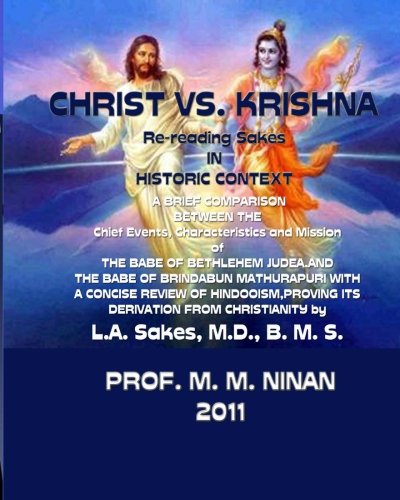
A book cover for Christ vs. Krishna: A re-reading of Sakes; Prof M. M. Ninan; Religion & Spirituality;